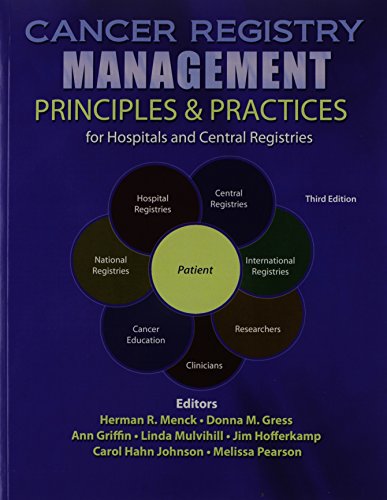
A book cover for Cancer Registry Management: Principles AND Practices for Hospitals and Central Registries; NATIONAL CANCER REGISTRARS ASSN; Medical Books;